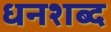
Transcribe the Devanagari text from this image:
धनशब्द